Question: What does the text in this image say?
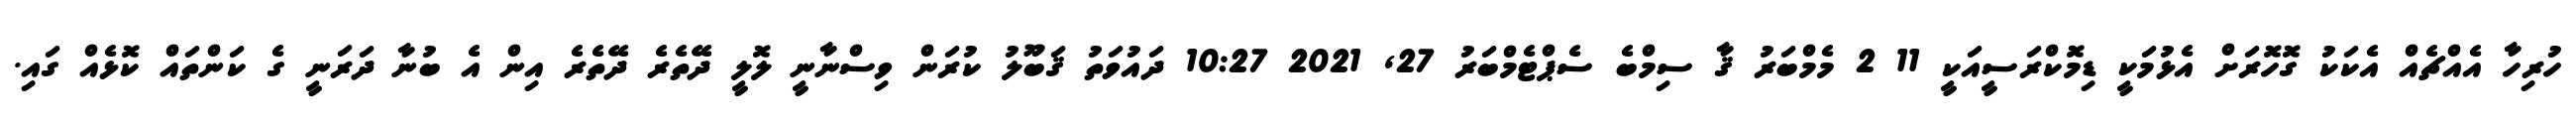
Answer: ހުރިހާ އެއްޗެއް އެކަކު ގޮހޮރަށް އެޅުމަކީ ޑިމޮކްރަސީއަކީ 11 2 މެމްބަރު ޤާ ސިމްބެ ސެޕްޓެމްބަރު 27, 2021 10:27 ދައުވަތު ޤަބޫލު ކުރަން ވިސްނާނީ ލޮލީ ދޭތެރެ ދޭތެރެ އިން އެ ބުނާ ދަރަނީ ގެ ކަންތައް ކޮޅެއް ގައި.